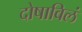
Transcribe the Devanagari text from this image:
दोषाविलं